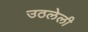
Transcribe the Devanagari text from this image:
उठलेली